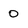
Character: 0